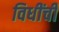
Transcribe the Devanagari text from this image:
विधींची